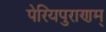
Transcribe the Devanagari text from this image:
पेरियपुराणम्